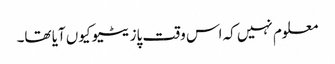
معلوم نہیں کہ اس وقت پازیٹیو کیوں آیا تھا۔